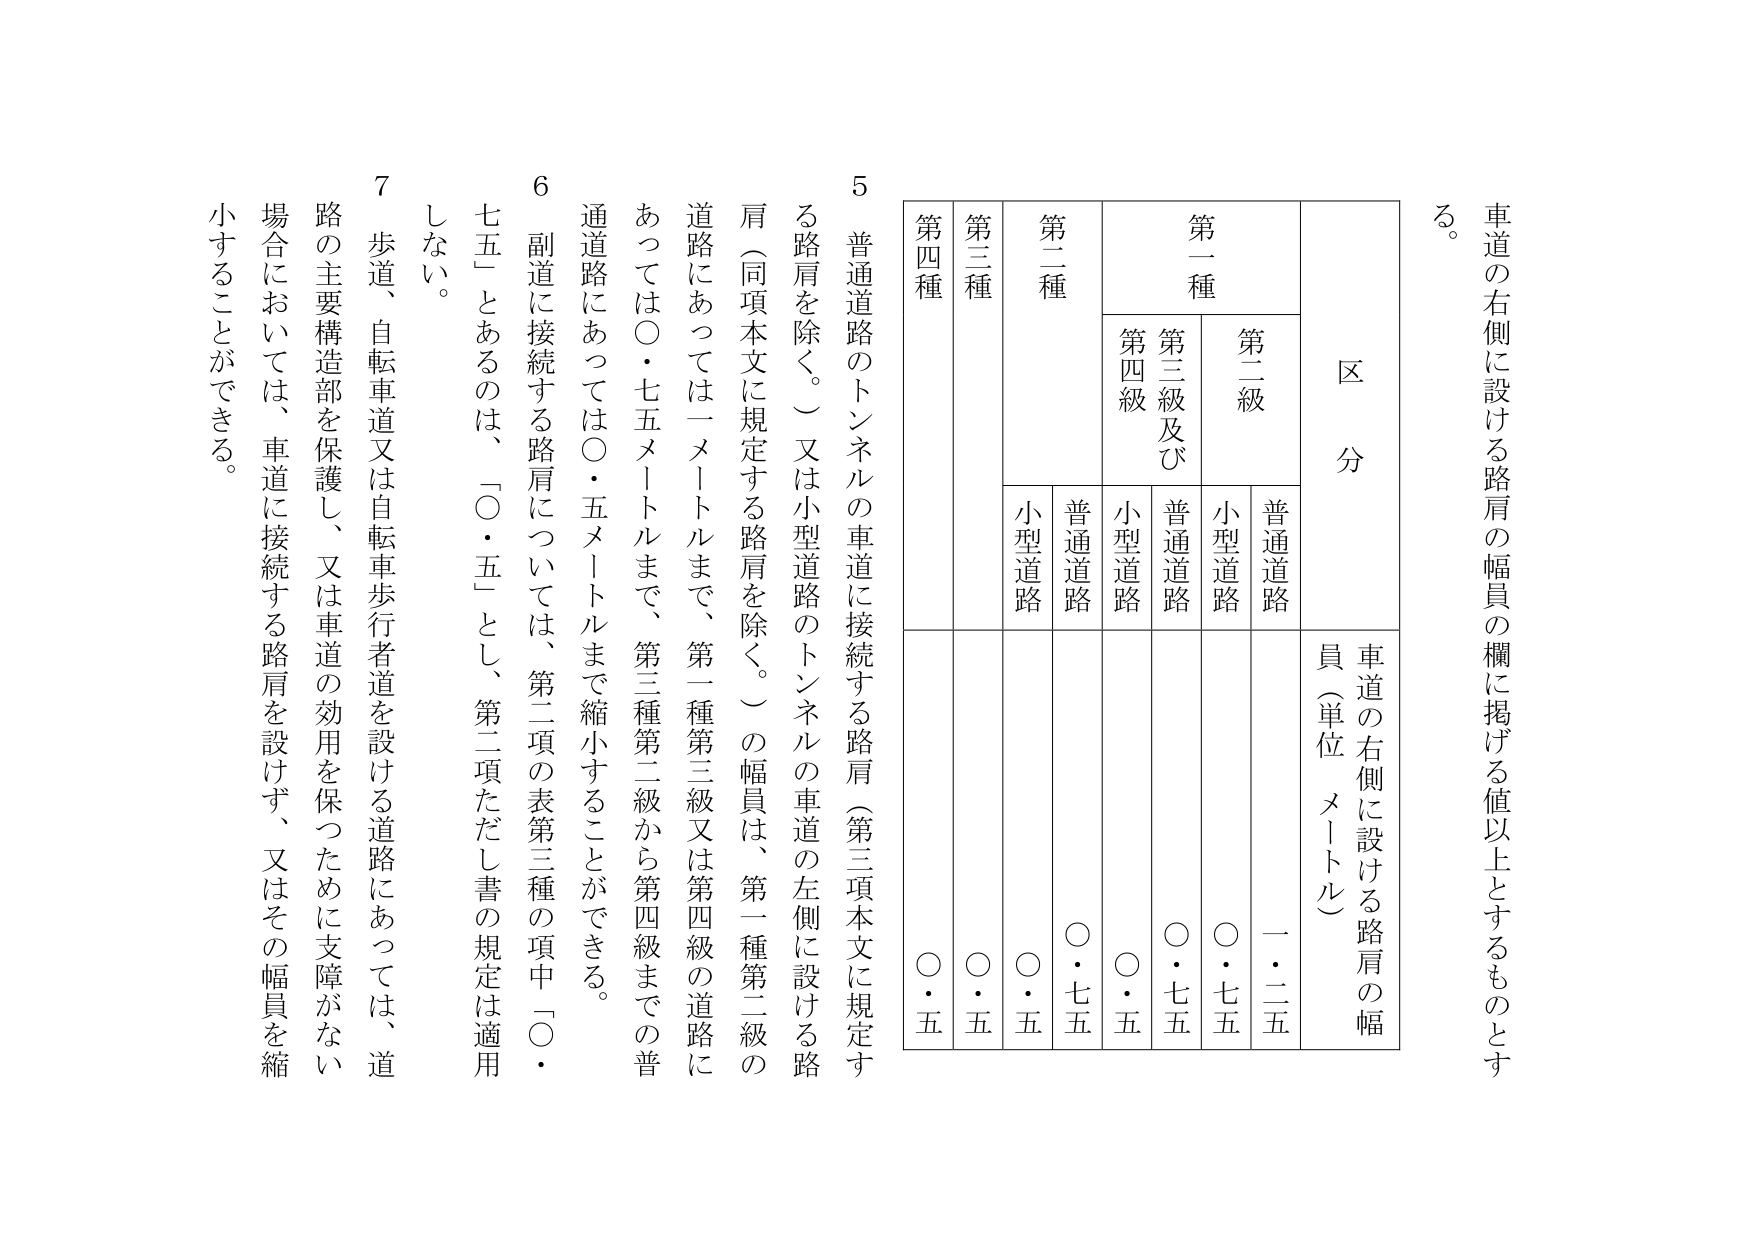
車道の右側に設ける路肩の幅員の欄に掲げる値以上とするものとする。

区 分

車道の右側に設ける路肩の幅員（単位 メートル）

第一種
　第二級
　　普通道路　一・二五
　　小型道路　〇・七五
　第三級及び第四級
　　普通道路　〇・七五
　　小型道路　〇・七五

第二種
　普通道路　〇・七五
　小型道路　〇・五

第三種
　〇・五

第四種
　〇・五

5 普通道路のトンネルの車道に接続する路肩（第三項本文に規定する路肩を除く。）又は小型道路のトンネルの車道の左側に設ける路肩（同項本文に規定する路肩を除く。）の幅員は、第一種第二級の道路にあっては一メートルまで、第一種第三級又は第四級の道路にあっては〇・七五メートルまで、第三種第二級から第四級までの普通道路にあっては〇・五メートルまで縮小することができる。

6 副道に接続する路肩については、第二項の表第三種の項中「〇・七五」とあるのは、「〇・五」とし、第二項ただし書の規定は適用しない。

7 歩道、自転車道又は自転車歩行者道を設ける道路にあっては、道路の主要構造部を保護し、又は車道の効用を保つために支障がない場合においては、車道に接続する路肩を設けず、又はその幅員を縮小することができる。